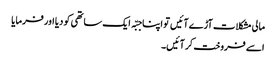
مالی مشکلات آڑے آئیں تو اپنا جبّہ ایک ساتھی کو دیا اور فرمایا
اسے فروخت کر آئیں۔